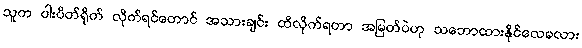
သူက ပါးပိတ်ရိုက် လိုက်ရင်တောင် အသားချင်း ထိလိုက်ရတာ အမြတ်ပဲဟု သဘောထားနိုင်လေမလား